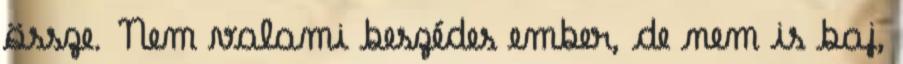
össze. Nem valami beszédes ember, de nem is baj,